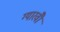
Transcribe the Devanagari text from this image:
ग्यारवीँ